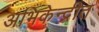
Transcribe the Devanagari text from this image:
अभिकेन्द्रीत